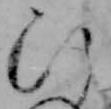
ひ